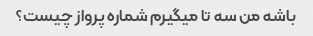
باشه من سه تا میگیرم شماره پرواز چیست؟